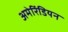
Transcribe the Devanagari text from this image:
अमेरिंडियन